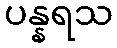
ပန္နရသ